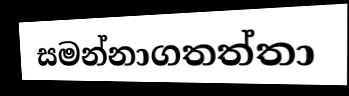
සමන්නාගතත්තා